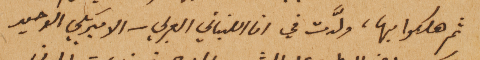
ثم هلكوا بها، ولَّدت في انا اللبناني العربي – الاميريكي الوحيد